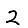
Digit: 2